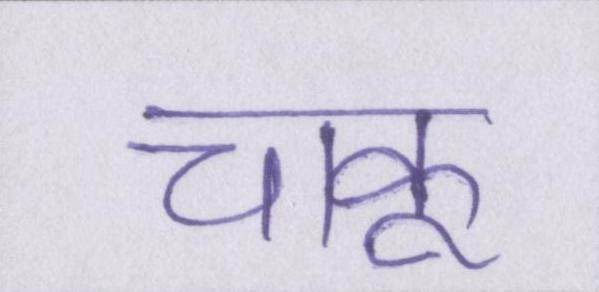
चाकू